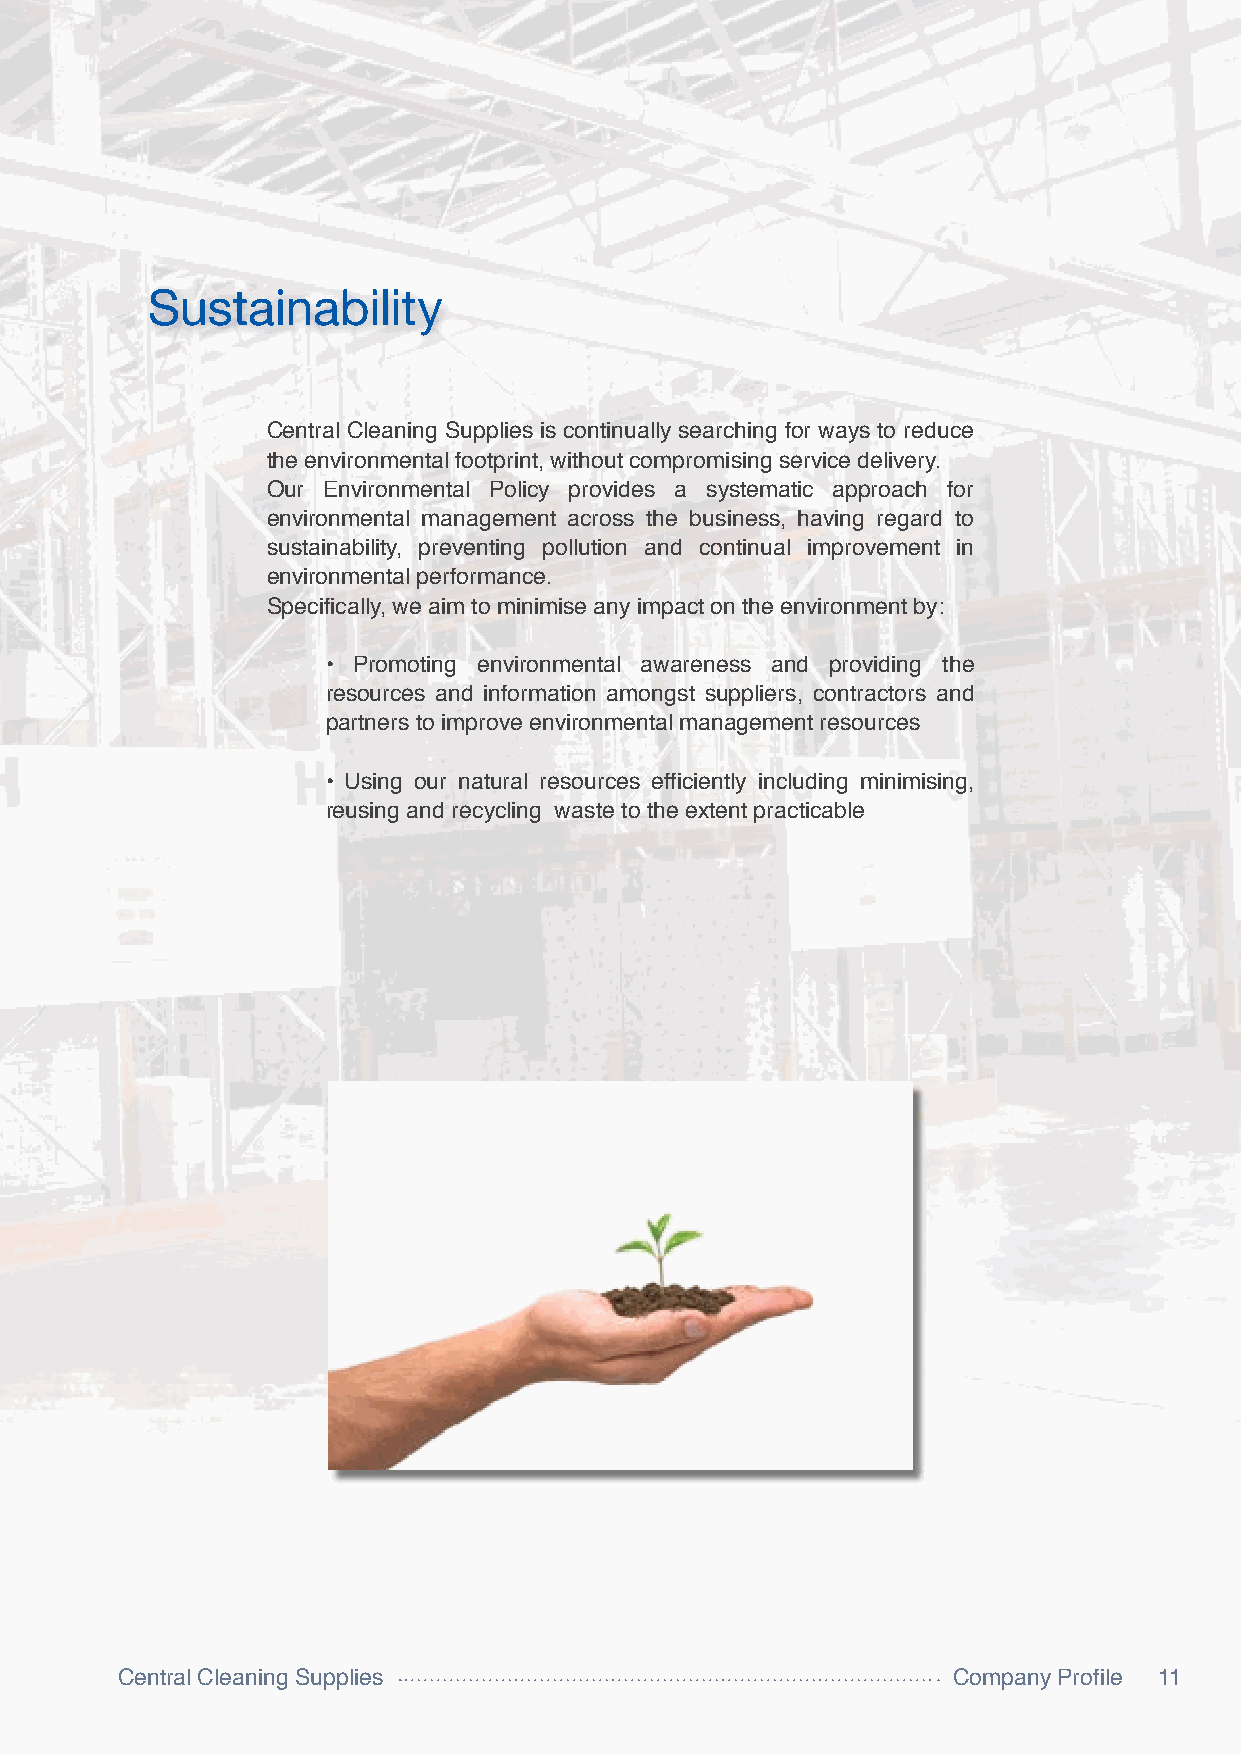
Sustainability
 Central Cleaning Supplies is continually searching for ways to reduce
 the environmental footprint, without compromising service delivery.
 Our Environmental Policy provides a systematic approach for
 environmental management across the business, having regard to
 sustainability, preventing pollution and continual improvement in
 environmental performance.
 Specifically, we aim to minimise any impact on the environment by:
 • Promoting environmental awareness and providing the
 resources and information amongst suppliers, contractors and
 partners to improve environmental management resources
 • Using our natural resources efficiently including minimising,
 reusing and recycling waste to the extent practicable
 Central Cleaning Supplies                              Company Profile 11